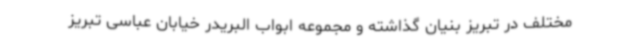
مختلف در تبریز بنیان گذاشته و مجموعه ابواب البریدر خیابان عباسی تبریز